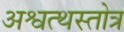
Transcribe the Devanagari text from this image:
अश्वत्थस्तोत्र